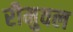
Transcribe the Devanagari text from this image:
रीमुवल